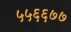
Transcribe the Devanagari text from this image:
५५६६७७